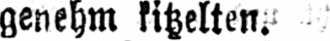
genehm kitzelten.